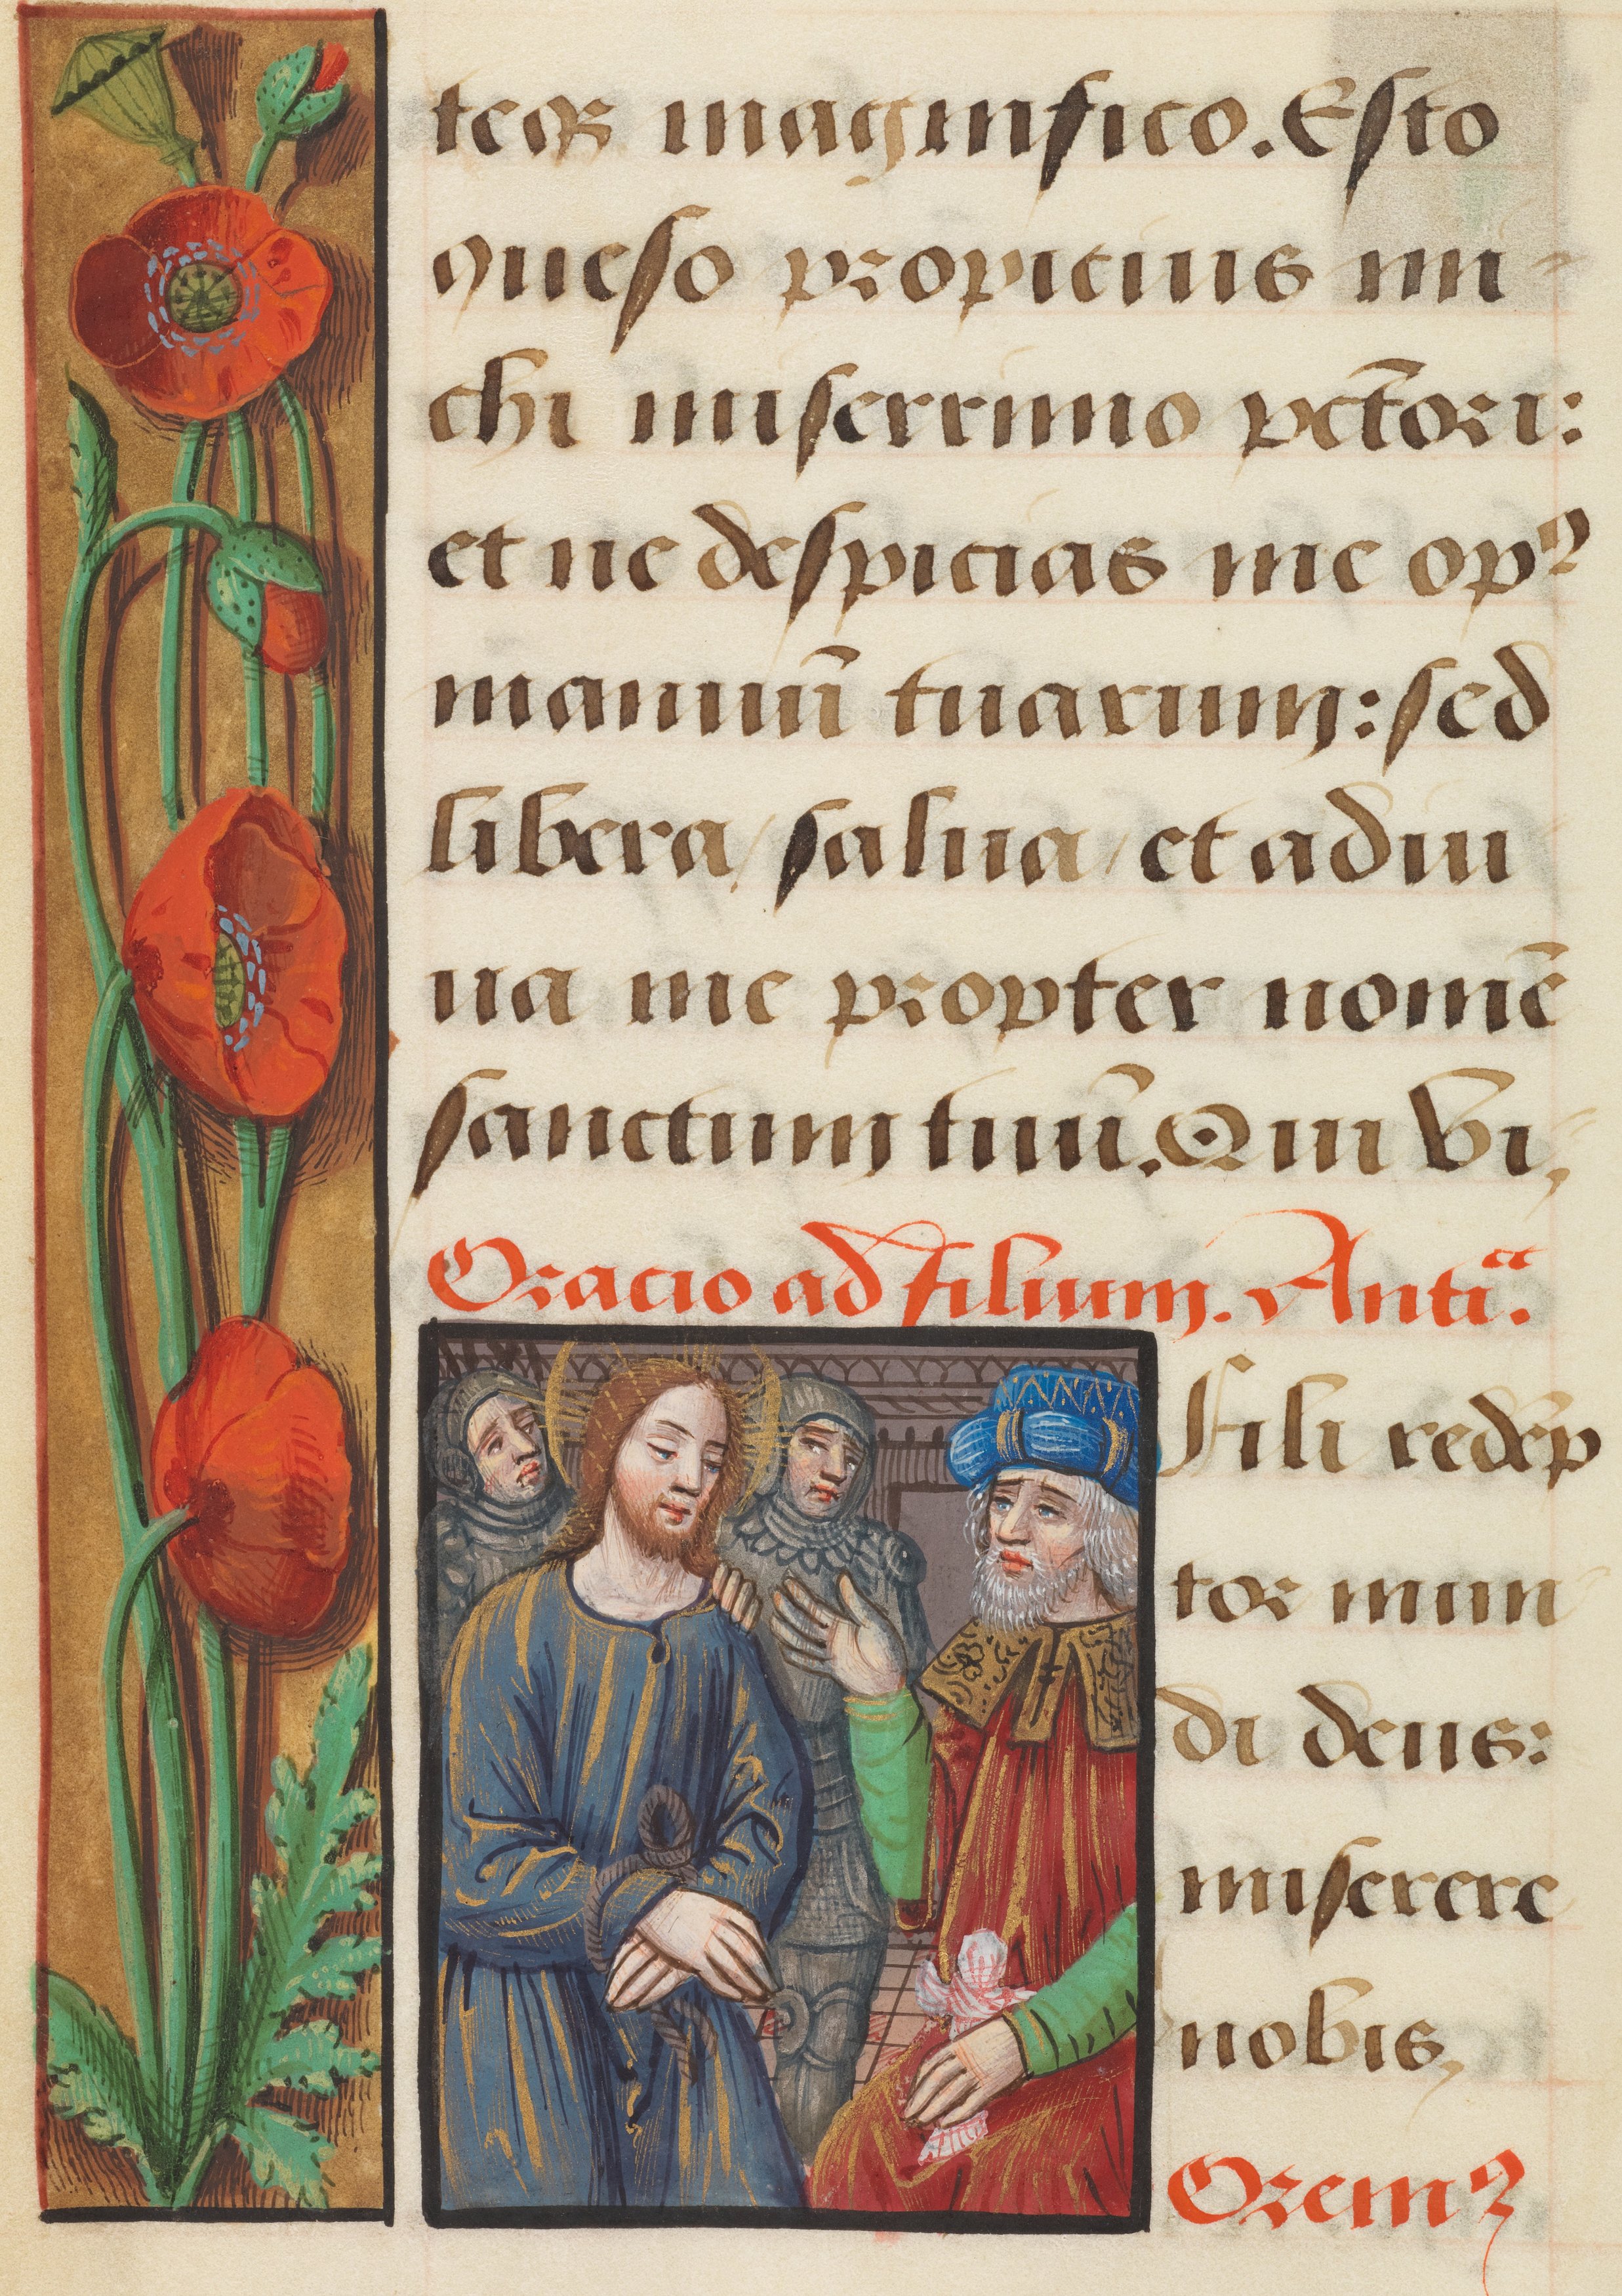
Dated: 1485–1525